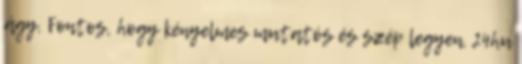
ágy. Fontos, hogy kényelmes mutatós és szép legyen. 24hu